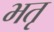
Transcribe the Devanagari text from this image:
भतृ